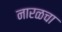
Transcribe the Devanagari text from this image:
नारळचा